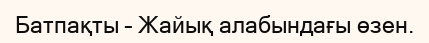
Батпақты – Жайық алабындағы өзен.